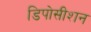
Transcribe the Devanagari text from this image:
डिपोसीशन